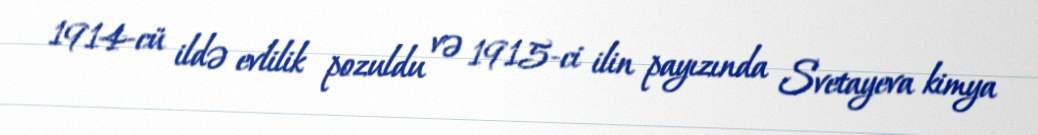
1914-cü ildə evlilik pozuldu və 1915-ci ilin payızında Svetayeva kimya